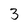
Character: 3